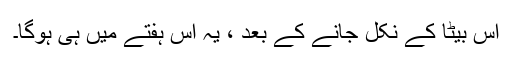
اس بیٹا کے نکل جانے کے بعد ، یہ اس ہفتے میں ہی ہوگا۔